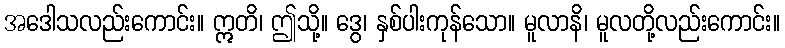
အဒေါသလည်းကောင်း။ ဣတိ၊ ဤသို့။ ဒွေ၊ နှစ်ပါးကုန်သော။ မူလာနိ၊ မူလတို့လည်းကောင်း။